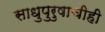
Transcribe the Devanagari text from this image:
साधुपुरुषाचीही